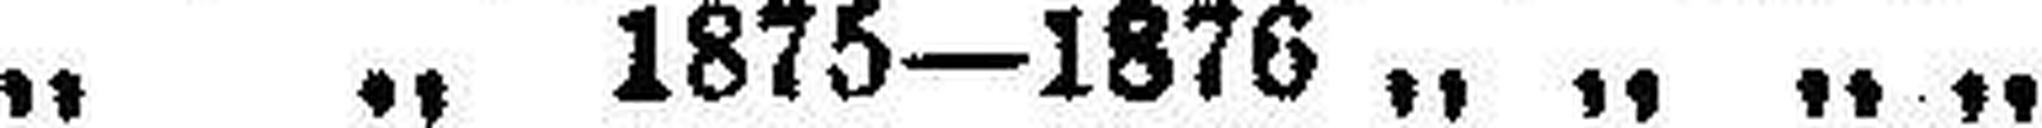
6% „ „ 1875—1876 „ „ „ „